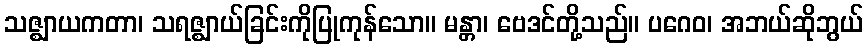
သဇ္ဈာယကတာ၊ သရဇ္ဈာယ်ခြင်းကိုပြုကုန်သော။ မန္တာ၊ ဗေဒင်တို့သည်။ ပဂေဝ၊ အဘယ်ဆိုဘွယ်